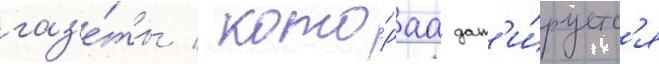
газ'е́ты / кото́раа дат'и́руетс'я